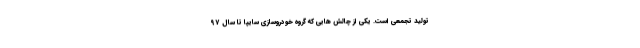
توليد تجمعي است. يكي از چالش هايی كه گروه خودروسازي سايپا تا سال ۹۷